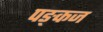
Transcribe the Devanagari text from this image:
पङ्कज